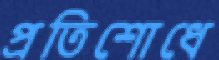
প্রতিশোধে